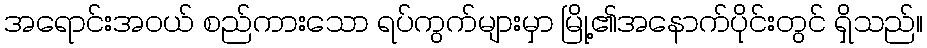
အရောင်းအဝယ် စည်ကားသော ရပ်ကွက်များမှာ မြို့၏အနောက်ပိုင်းတွင် ရှိသည်။